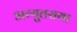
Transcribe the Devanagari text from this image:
अच्युतराया